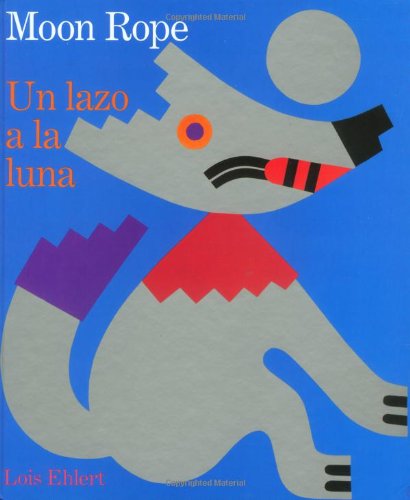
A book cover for Moon Rope/Un lazo a la luna; Lois Ehlert; Children's Books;